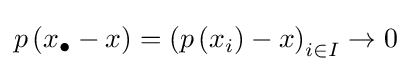
p\left(x_{\bullet }-x\right)=\left(p\left(x_{i}\right)-x\right)_{i\in I}\to 0